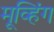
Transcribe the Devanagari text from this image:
मूव्हिंग